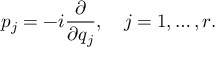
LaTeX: p _ { j } = - i { \frac { \partial } { \partial q _ { j } } } , \quad j = 1 , \ldots , r .